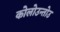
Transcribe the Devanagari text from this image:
कोलोउन्तोउ